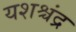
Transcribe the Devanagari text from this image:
यशश्चंद्र